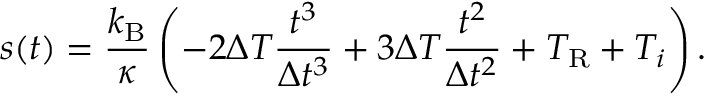
s ( t ) = \frac { k _ { \mathrm { B } } } { \kappa } \left( - 2 \Delta T \frac { t ^ { 3 } } { \Delta t ^ { 3 } } + 3 \Delta T \frac { t ^ { 2 } } { \Delta t ^ { 2 } } + T _ { \mathrm { R } } + T _ { i } \right) .